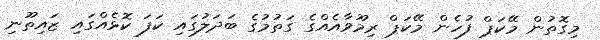
މިގޮތުން މޭކަޕް ފުހެން މޭކަޕް ރިމޫވާއެއްގެ ގަތުމުގެ ބަދަލުގައި ކަފަ ކޮޅެއްގައި ޒައިތޫނި